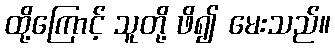
ထို့ကြောင့် သူတို့ ဖိ၍ မေးသည်။